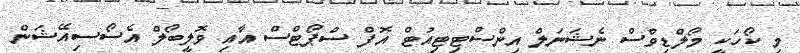
މި ކޯހަކީ މޯލްޑިވްސް ނެޝަނަލް އިންސްޓިޓިއުޓް އޮފް ސްޕޯޓްސް އާއި ވޮލީބޯލް އެސޯސިއޭޝަން